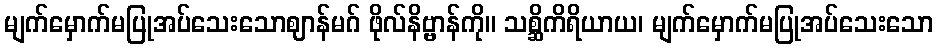
မျက်မှောက်မပြုအပ်သေးသောဈာန်မဂ် ဖိုလ်နိဗ္ဗာန်ကို။ သစ္ဆိကိရိယာယ၊ မျက်မှောက်မပြုအပ်သေးသော